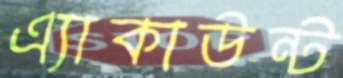
এ্যাকাউন্ট